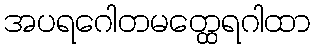
အပရဂေါတမတ္ထေရဂါထာ